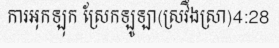
ការអុកឡុក ស្រែកឡូឡា(ស្រវឹងស្រា)4:28